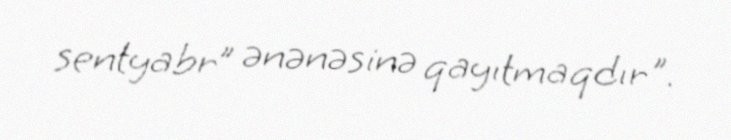
sentyabr” ənənəsinə qayıtmaqdır".